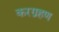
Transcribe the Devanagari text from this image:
करग्रहण